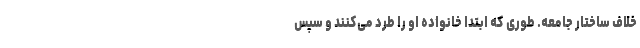
خلاف ساختار جامعه. طوری که ابتدا خانواده او را طرد می‌کنند و سپس